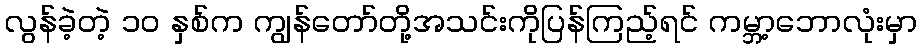
လွန်ခဲ့တဲ့ ၁၀ နှစ်က ကျွန်တော်တို့အသင်းကိုပြန်ကြည့်ရင် ကမ္ဘာ့ဘောလုံးမှာ